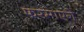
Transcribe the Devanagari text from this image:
फरमाएंगे